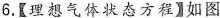
6.【理想气体状态方程】如图